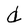
Character: d